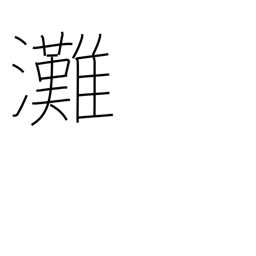
Meaning: open sea